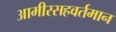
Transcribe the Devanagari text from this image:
आमीरसहवर्तमान